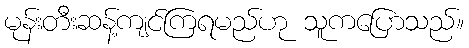
မုန်းတီးဆန့်ကျင်ကြရမည်ဟု သူကပြောသည်။